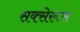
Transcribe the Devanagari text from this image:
सक्सेरूस